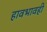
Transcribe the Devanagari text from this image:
हावभावही